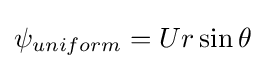
\psi _{uniform}=Ur\sin {\theta }